Treatise on elephants
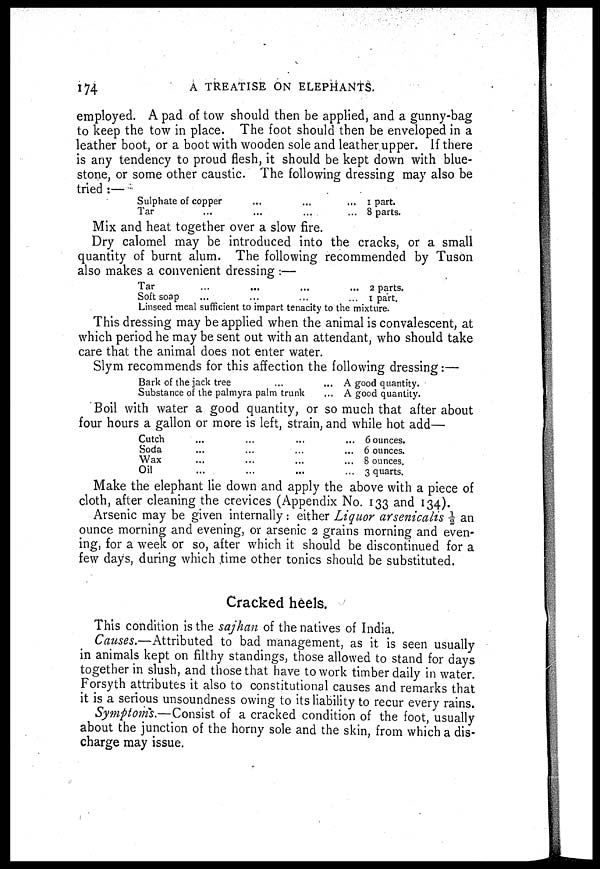
174
A TREATISE ON ELEPHANTS.
employed. A pad of tow should then be applied, and a gunny-bag
to keep the tow in place. The foot should then be enveloped in a
leather boot, or a boot with wooden sole and leather upper. If there
is any tendency to proud flesh, it should be kept down with blue-
stone, or some other caustic. The following dressing may also be
tried :—
Sulphate of copper... ... ...
Tar ... ... ... ...
1 part.
8 parts.
Mix and heat together over a slow fire.
Dry calomel may be introduced into the cracks, or a small
quantity of burnt alum. The following recommended by Tuson
also makes a convenient dressing :—
Tar...
... ... ...
Soft soap... ... ... ...
2 parts.
1 part.
Linseed meal sufficient to impart tenacity to the mixture.
This dressing may be applied when the animal is convalescent, at
which period he may be sent out with an attendant, who should take
care that the animal does not enter water.
Slym recommends for this affection the following dressing:—
Bark of the jack tree... ...
Substance of the palmyra palm trunk...
A good quantity.
A good quantity.
Boil with water a good quantity, or so much that after about
four hours a gallon or more is left, strain, and while hot add—
Cutch ... ... ... ...
Soda ... ... ... ...
Wax ... ... ... ...
Oil ... ... ... ...
6 ounces.
6 ounces.
8 ounces.
3 quarts.
Make the elephant lie down and apply the above with a piece of
cloth, after cleaning the crevices (Appendix No. 133 and 134).
Arsenic may be given internally: either Liquor arsenicalis ½ an
ounce morning and evening, or arsenic 2 grains morning and even-
ing, for a week or so, after which it should be discontinued for a
few days, during which time other tonics should be substituted.
Cracked heels.
This condition is the sajhan of the natives of India.
Causes.—Attributed to bad management, as it is seen usually
in animals kept on filthy standings, those allowed to stand for days
together in slush, and those that have to work timber daily in water.
Forsyth attributes it also to constitutional causes and remarks that
it is a serious unsoundness owing to its liability to recur every rains.
Symptoms.—Consist of a cracked condition of the foot, usually
about the junction of the horny sole and the skin, from which a dis-
charge may issue.